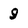
Character: 9